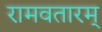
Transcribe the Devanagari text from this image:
रामवतारम्‌